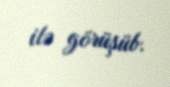
ilə görüşüb.